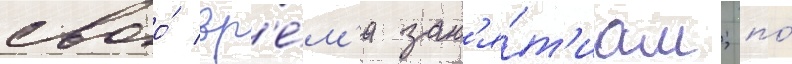
своо́ вр'е́м'я зан'я́т'иам; по́